Civil Veterinary Department. Madras. Admin. report 1926-33 - 1926-1933
Year: 1926
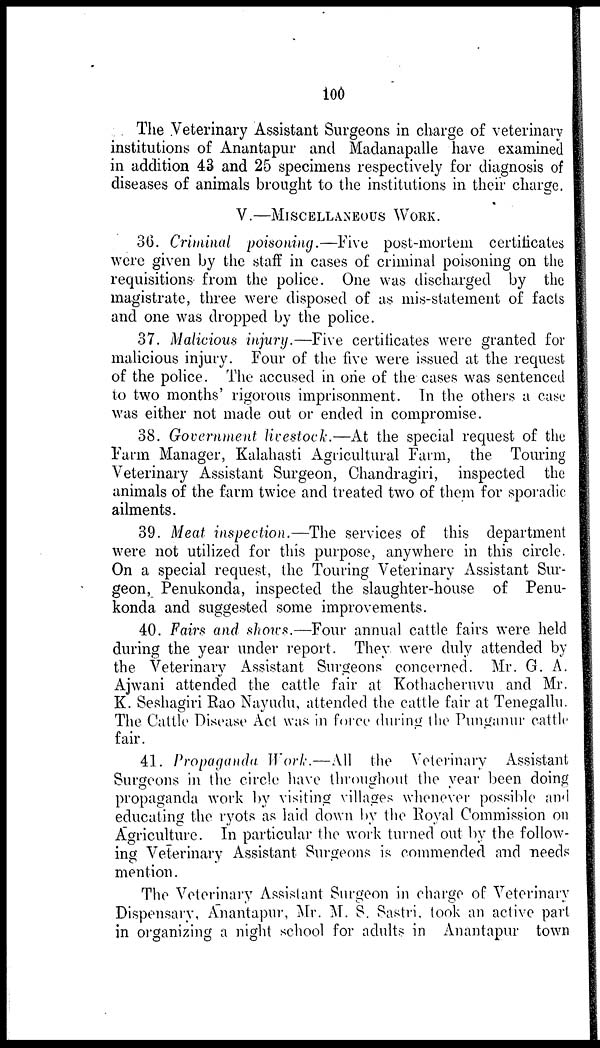
100
The Veterinary Assistant Surgeons in charge of veterinary
institutions of Anantapur and Madanapalle have examined
in addition 43 and 25 specimens respectively for diagnosis of
diseases of animals brought to the institutions in their charge.
V.—MISCELLANEOUS WORK.
36. Criminal poisoning.—Five post-mortem certificates
were given by the staff in cases of criminal poisoning on the
requisitions from the police. One was discharged by the
magistrate, three were disposed of as mis-statement of facts
and one was dropped by the police.
37. Malicious injury.—Five certificates were granted for
malicious injury. Four of the five were issued at the request
of the police. The accused in one of the cases was sentenced
to two months' rigorous imprisonment. In the others a case
was either not made out or ended in compromise.
38. Government livestock.—At the special request of the
Farm Manager, Kalahasti Agricultural Farm, the Touring
Veterinary Assistant Surgeon, Chandragiri, inspected the
animals of the farm twice and treated two of them for sporadic
ailments.
39. Meat inspection.—The services of this department
were not utilized for this purpose, anywhere in this circle.
On a special request, the Touring Veterinary Assistant Sur-
geon, Penukonda, inspected the slaughter-house of Penu-
konda and suggested some improvements.
40. Fairs and shows.—Four annual cattle fairs were held
during the year under report. They were duly attended by
the Veterinary Assistant Surgeons concerned. Mr. G. A.
Ajwani attended the cattle fair at Kothacheruvu and Mr.
K. Seshagiri Rao Nayudu, attended the cattle fair at Tenegallu.
The Cattle Disease Act was in force during the Punganur cattle
fair.
41. Propaganda Work.—All the Veterinary Assistant
Surgeons in the circle have throughout the year been doing
propaganda work by visiting villages whenever possible and
educating the ryots as laid down by the Royal Commission on
Agriculture. In particular the work turned out by the follow-
ing Veterinary Assistant Surgeons is commended and needs
mention.
The Veterinary Assistant Surgeon in charge of Veterinary
Dispensary, Anantapur, Mr. M. S. Sastri, took an active part
in organizing a night school for adults in Anantapur town